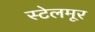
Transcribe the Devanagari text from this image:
स्टेलमूर